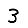
Digit: 3